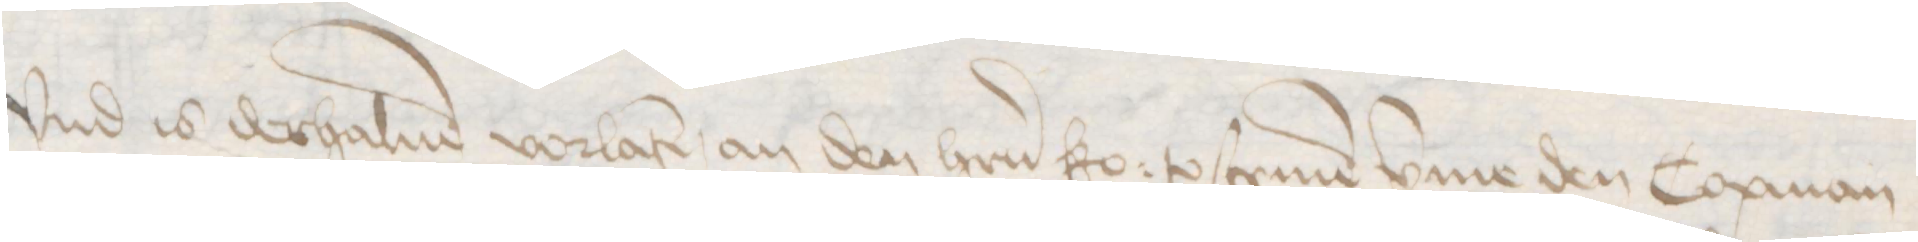
Vnd is derhaluen vorlaten, an den herrn ko: to scriuen vmme den Copman